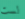
لست